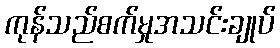
ကုန်သည်စက်မှုအသင်းချုပ်